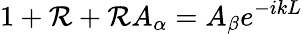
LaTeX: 1+{\cal R}+{\cal R}A_{\alpha}=A_{\beta}e^{-ikL}